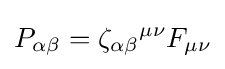
P_{\alpha \beta }=\zeta _{\alpha \beta }{}^{\mu \nu }F_{\mu \nu }